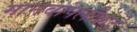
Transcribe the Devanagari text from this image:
मानवांपलीकडे